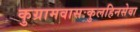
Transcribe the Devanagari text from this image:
कुग्रामवासःकुलहिनसेवा